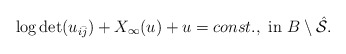
\begin{align*}\log {\rm det} (u_{i\bar{j}})+X_\infty(u)+u=const., ~{\rm in }~ B\setminus \mathcal{\hat S}.\end{align*}